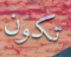
تكون